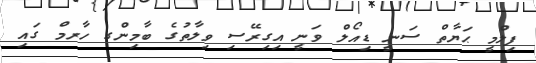
ފިލްމީ ޙަޔާތް ސަނީ ޑިއޯލް ވަނީ އިގިރޭސި ވިލާތުގެ ބާމިންގ ހާރމް ގައި